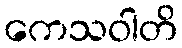
ကေသဝါတိ